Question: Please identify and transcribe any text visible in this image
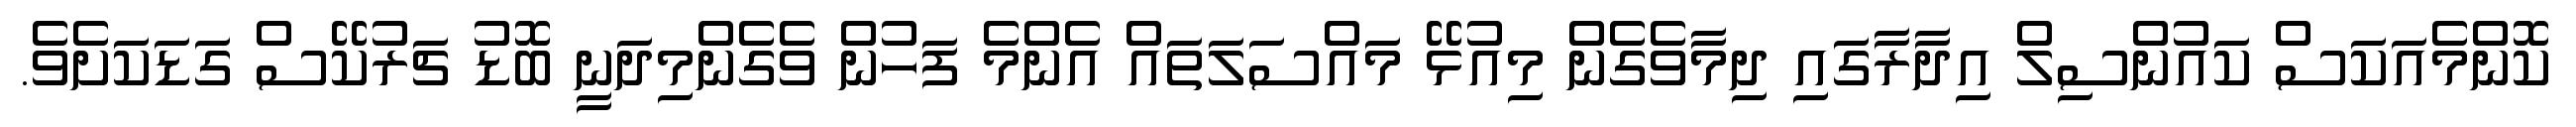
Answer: ކޮންމެއަކަސް ކައުންސިލް އިދާރާގައި ދިމާވެގެން މިއުޅޭ މައްސަލަތައް އެންމެ ފަހުން ވެގެންމިދަނީ ބޮޑު ޗަރުކޭސް ގަޑަކަށެވެ.